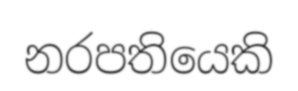
නරපතියෙකි